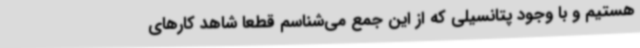
هستیم و با وجود پتانسیلی که از این جمع می‌شناسم قطعاً شاهد کارهای